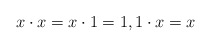
\begin{align*}x\cdot x=x\cdot 1=1,1\cdot x=x \end{align*}